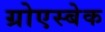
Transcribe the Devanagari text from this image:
ग्रोएस्बेक